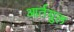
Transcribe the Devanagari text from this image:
आर्तग्रुल